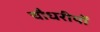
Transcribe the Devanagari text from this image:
चौधरीयों